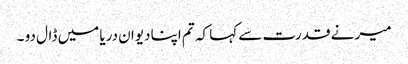
میر نے قدرت سے کہا کہ تم اپنا دیوان دریا میں ڈال دو ۔